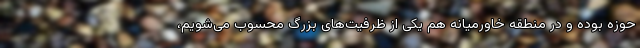
حوزه بوده و در منطقه خاورمیانه هم یکی از ظرفیت‌های بزرگ محسوب می‌شویم،